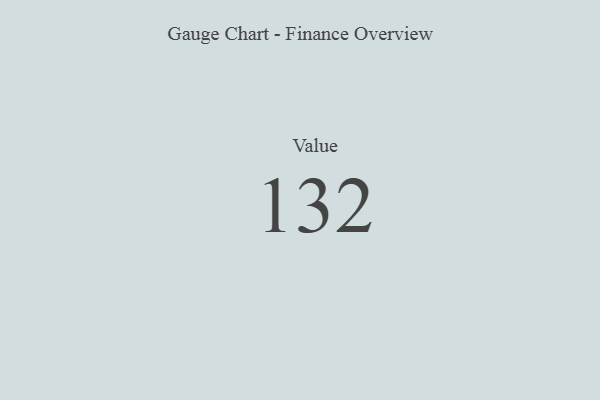
{"axis": {"x": "Metric", "y": "Value"}, "legend": [""], "data": [{"x": "Value", "y": 132, "type": ""}]}